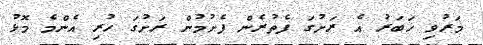
މަރުވި ޚަބަރު އެ ރަށުގަ ފެތުރެން ފެށުމުން ރަށުގަ ހުރި އެންމެ މޮޅު